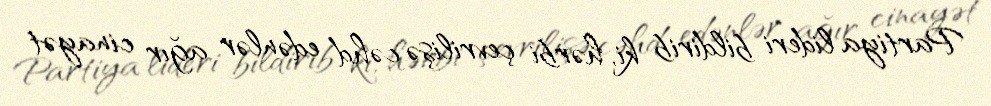
Partiya lideri bildirib ki, hərbi çevrilişə cəhd edənlər ağır cinayət